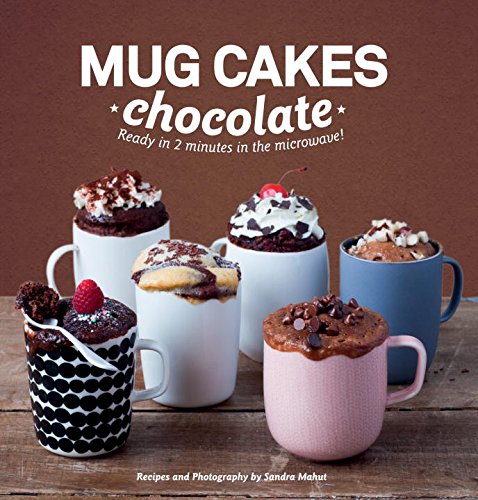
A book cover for Mug Cakes Chocolate: Ready in Two Minutes in the Microwave!; Sandra Mahut; Cookbooks, Food & Wine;